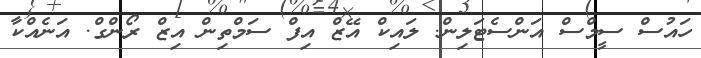
ހައުސް ސީމްސް އަންސެޓަލިން. ލައިކް އޭޒް އިފް ސަމްތިން އިޒް ރޯންގް. އަނެއްކާ